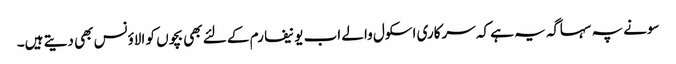
سونے پہ سہاگہ یہ ہے کہ سرکاری اسکول والے اب یونیفارم کے لئے بھی بچوں کو الاؤنس بھی دیتے ہیں۔